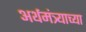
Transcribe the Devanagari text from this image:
अर्थमंत्र्याच्या